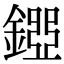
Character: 𨪐